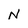
Character: N